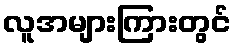
လူအများကြားတွင်